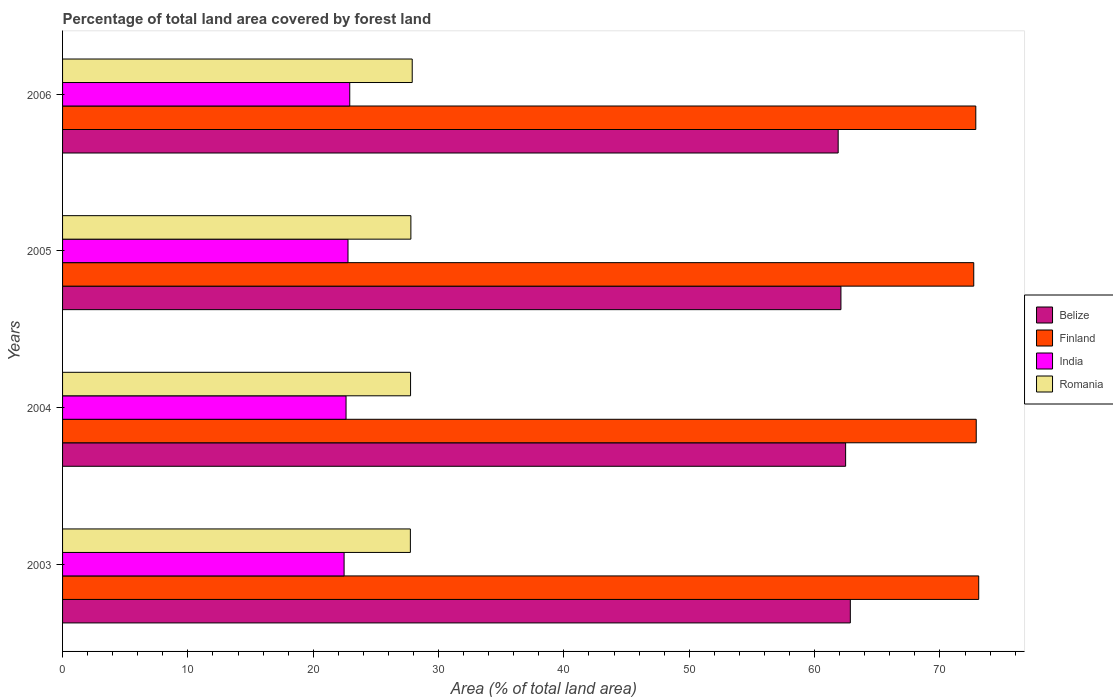
| Years | Belize | Finland | India | Romania |
 | --- | --- | --- | --- | --- |
 | 2003 | 62.9 | 73.1 | 22.5 | 27.7 |
 | 2004 | 62.5 | 72.9 | 22.6 | 27.8 |
 | 2005 | 62.1 | 72.7 | 22.8 | 27.8 |
 | 2006 | 61.9 | 72.9 | 22.9 | 27.9 |